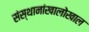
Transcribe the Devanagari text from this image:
संस्थानांखालोखाल